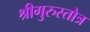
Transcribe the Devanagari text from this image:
श्रीगुरुस्तोत्र